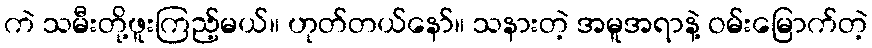
ကဲ သမီးတို့ဖူးကြည့်မယ်။ ဟုတ်တယ်နော်။ သနားတဲ့ အမူအရာနဲ့ ဝမ်းမြောက်တဲ့